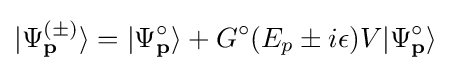
\vert {\Psi _{\mathbf {p} }^{(\pm )}}\rangle =\vert {\Psi _{\mathbf {p} }^{\circ }}\rangle +G^{\circ }(E_{p}\pm i\epsilon )V\vert {\Psi _{\mathbf {p} }^{\circ }}\rangle